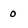
Character: o